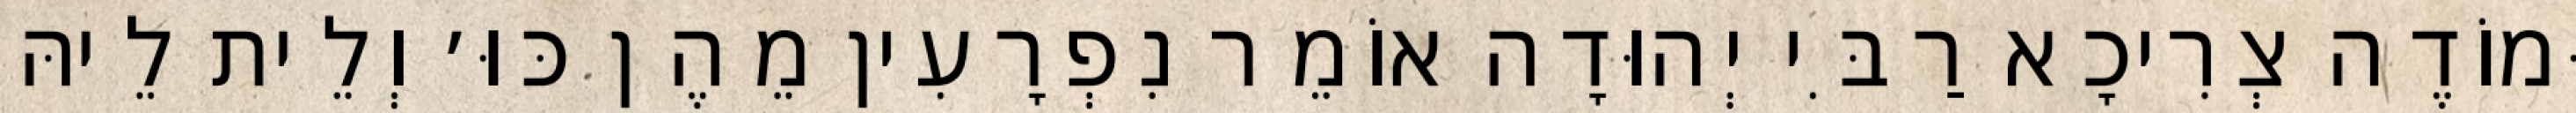
וּמוֹדֶה צְרִיכָא רַבִּי יְהוּדָה אוֹמֵר נִפְרָעִין מֵהֶן כּוּ׳ וְלֵית לֵיהּ